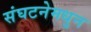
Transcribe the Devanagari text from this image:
संघटनेमधुन